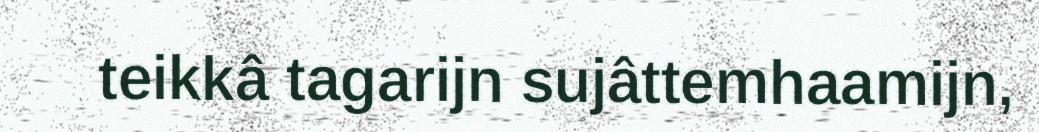
teikkâ tagarijn sujâttemhaamijn,